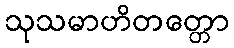
သုသမာဟိတတ္တော